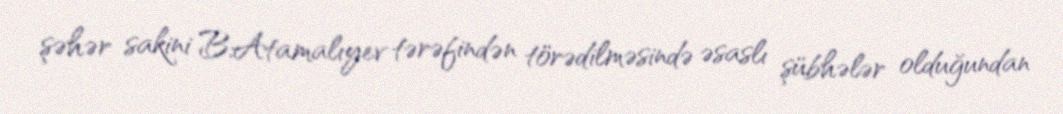
şəhər sakini B.Atamalıyev tərəfindən törədilməsində əsaslı şübhələr olduğundan